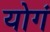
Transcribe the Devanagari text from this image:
योगं